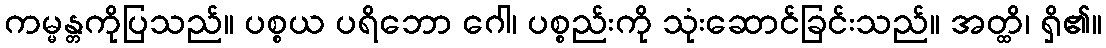
ကမ္မန္တကိုပြသည်။ ပစ္စယ ပရိဘော ဂေါ၊ ပစ္စည်းကို သုံးဆောင်ခြင်းသည်။ အတ္ထိ၊ ရှိ၏။